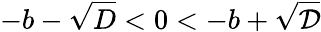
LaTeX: -b-\sqrt{D}<0<-b+\sqrt{\mathcal{D}}